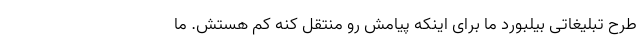
طرح تبلیغاتی بیلبورد ما برای اینکه پیامش رو منتقل کنه کم هستش. ما